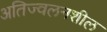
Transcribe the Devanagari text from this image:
अतिज्वलनशील